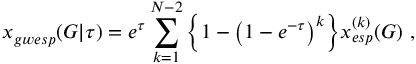
x _ { g w e s p } ( G | \tau ) = e ^ { \tau } \sum _ { k = 1 } ^ { N - 2 } \Big \{ 1 - \big ( 1 - e ^ { - \tau } \big ) ^ { k } \Big \} x _ { e s p } ^ { ( k ) } ( G ) \ ,